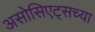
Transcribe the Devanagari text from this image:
असोसिएट्सच्या